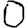
Digit: 0